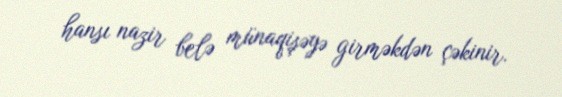
hansı nazir belə münaqişəyə girməkdən çəkinir.